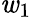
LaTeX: \mathit{w}_{1}